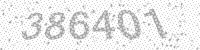
Solution: 386401